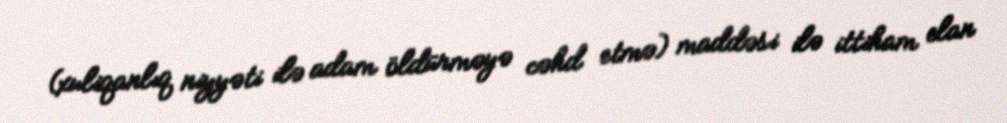
(xuliqanlıq niyyəti ilə adam öldürməyə cəhd etmə) maddəsi ilə ittiham elan